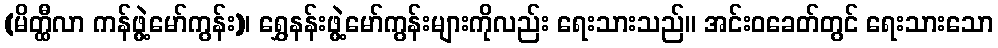
(မိတ္ထီလာ ကန်ဖွဲ့မော်ကွန်း)၊ ရွှေနန်းဖွဲ့မော်ကွန်းများကိုလည်း ရေးသားသည်။ အင်းဝခေတ်တွင် ရေးသားသော